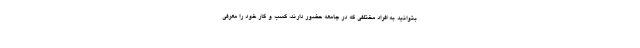
بتوانید به افراد مختلفی که در جامعه حضور دارند، کسب و کار خود را معرفی